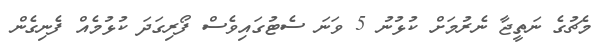
މެޗުގެ ނަތީޖާ ނެރުމަށް ކުޅުނު 5 ވަނަ ސެޓުގައިވެސް ފޯރިގަދަ ކުޅުމެއް ފެނިގެން